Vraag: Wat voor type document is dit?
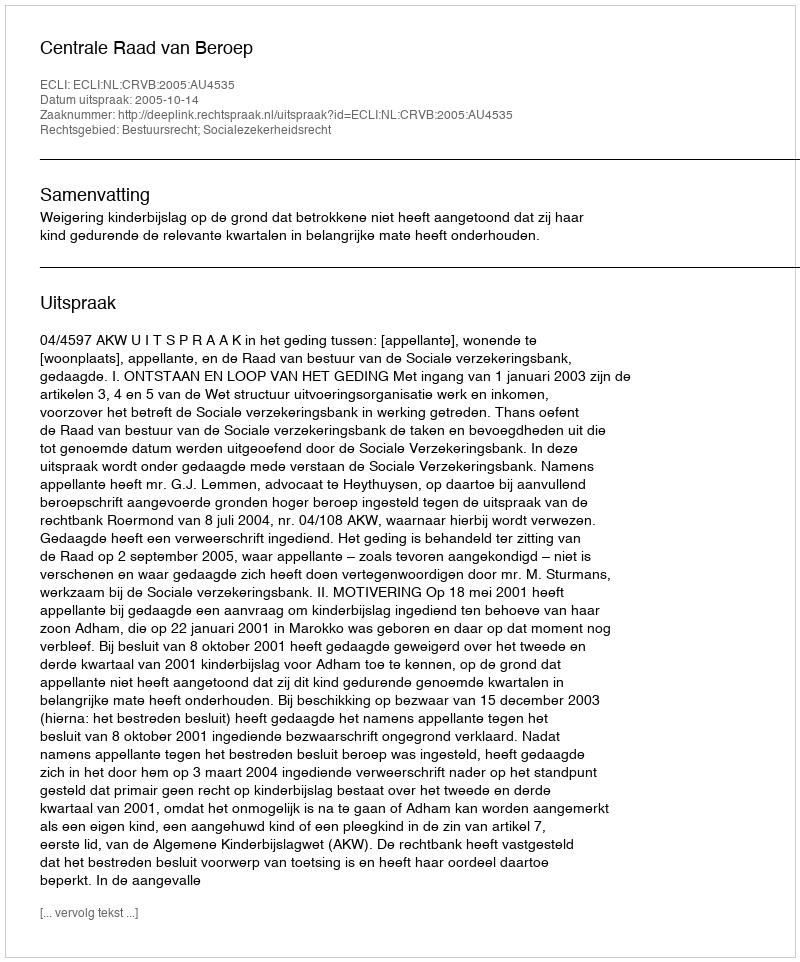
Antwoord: Uitspraak